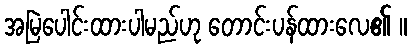
အမြဲပေါင်းထားပါမည်ဟု တောင်းပန်ထားလေ၏ ။